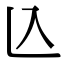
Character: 兦